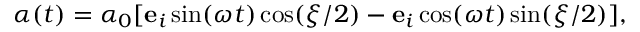
\boldsymbol { \alpha } ( t ) = { \alpha _ { 0 } } [ \mathbf { e } _ { i } \sin ( \omega t ) \cos ( \xi / 2 ) - \mathbf { e } _ { i } \cos ( \omega t ) \sin ( \xi / 2 ) ] ,